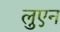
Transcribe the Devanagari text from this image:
लुएन